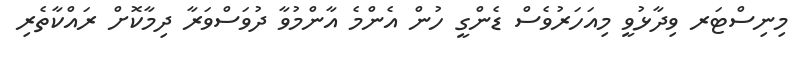
މިނިސްޓަރ ވިދާޅުވީ މިއަހަރުވެސް ޑެންގީ ހުން އެންމެ އާންމުވާ ދުވަސްވަރާ ދިމާކޮށް ރައްކާތެރި